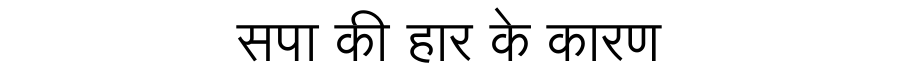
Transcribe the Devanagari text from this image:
सपा की हार के कारण